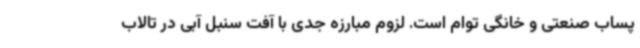
پساب صنعتی و خانگی توام است. لزوم مبارزه جدی با آفت سنبل آبی در تالاب